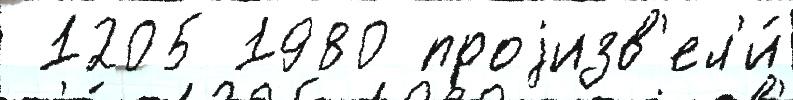
 1205 1980 проjизв'ел'и́